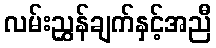
လမ်းညွှန်ချက်နှင့်အညီ